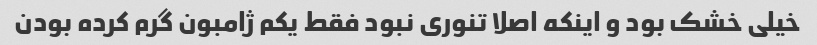
خیلی خشک بود و اینکه اصلا تنوری نبود فقط یکم ژامبون گرم کرده بودن